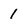
Character: 1